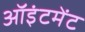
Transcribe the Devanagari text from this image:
ऑइंटमेंट